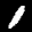
Label: 1